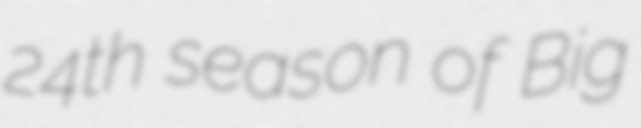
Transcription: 24th season of Big